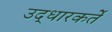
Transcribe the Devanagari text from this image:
उद्धारकर्ते